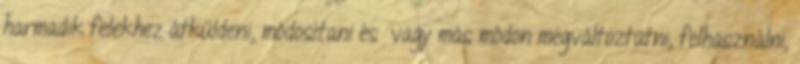
harmadik felekhez átküldeni, módosítani és vagy más módon megváltoztatni, felhasználni,